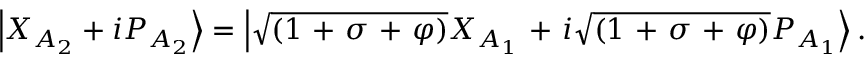
\left| { X } _ { A _ { 2 } } + i { P } _ { A _ { 2 } } \right\rangle = \left| \sqrt { \left( 1 \mathrm { ~ + ~ } \sigma \mathrm { ~ + ~ } \varphi \right) } { { X } _ { A _ { 1 } } } \mathrm { ~ + ~ } i \sqrt { \left( 1 \mathrm { ~ + ~ } \sigma \mathrm { ~ + ~ } \varphi \right) } { { P } _ { A _ { 1 } } } \right\rangle .